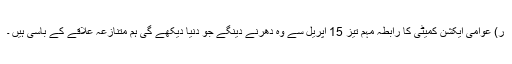
ر) عوامی ایکشن کمیٹی کا رابطہ مہم تیز 15 اپریل سے وہ دھرنے دینگے جو دنیا دیکھے گی ہم متنازعہ علاقے کے باسی ہیں ۔